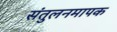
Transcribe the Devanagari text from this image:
संतुलनमापक